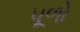
પૂળો